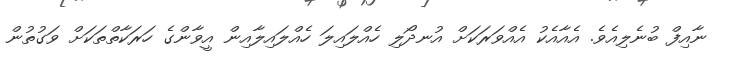
ނާއިފް ބުނެލިއެވެ. އެއާއެކު އެއްވަރަކަށް އުނދޯލި ހެއްލައިލަ ހެއްލައިލާއިން އީވާންގެ ހަރަކާތްތަކަށް ވަގުތުން